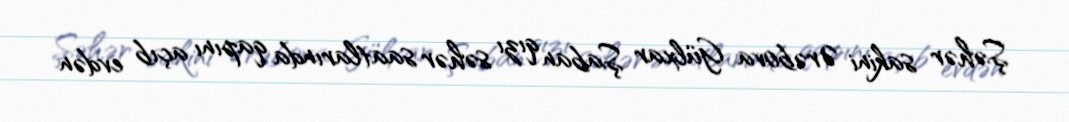
Şəhər sakini Ərəbova Gülxar Şaban qızı səhər saatlarında qapını açıb evdən